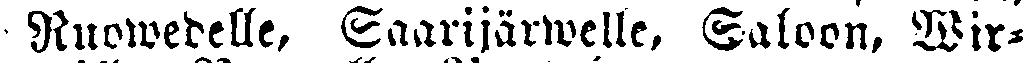
Ruowedelle, Saarijärwelle, Saloon, Wir-